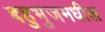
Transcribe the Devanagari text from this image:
बहुभुजमधील